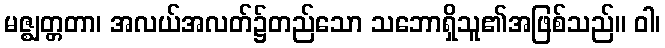
မဇ္ဈတ္တတာ၊ အလယ်အလတ်၌တည်သော သဘောရှိသူ၏အဖြစ်သည်။ ဝါ၊